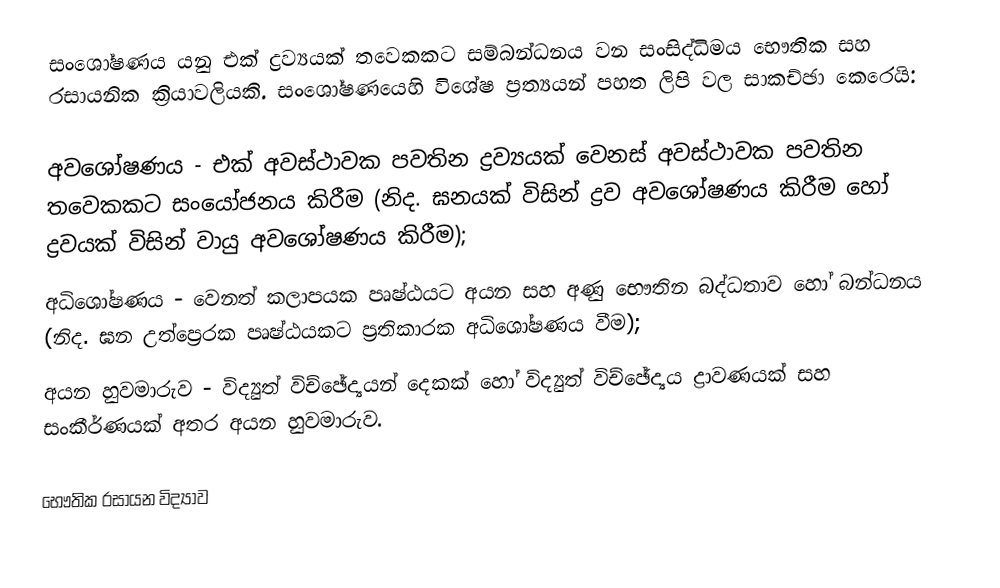
සංශෝෂණය යනු එක් ද්‍රව්‍යයක් තවෙකකට සම්බන්ධනය වන සංසිද්ධිමය භෞතික සහ රසායනික ක්‍රියාවලියකි. සංශෝෂණයෙහි විශේෂ ප්‍රත්‍යයන් පහත ලිපි වල සාකච්ඡා කෙරෙයි:

 අවශෝෂණය - එක් අවස්ථාවක පවතින ද්‍රව්‍යයක් වෙනස් අවස්ථාවක පවතින තවෙකකට සංයෝජනය කිරීම (නිද.  ඝනයක් විසින් ද්‍රව අවශෝෂණය කිරීම හෝ  ද්‍රවයක් විසින් වායු අවශෝෂණය කිරීම);
 අධිශෝෂණය -  වෙනත් කලාපයක පෘෂ්ඨයට  අයන සහ අණු භෞතින බද්ධතාව හෝ බන්ධනය (නිද. ඝන උත්ප්‍රෙරක පෘෂ්ඨයකට  ප්‍රතිකාරක අධිශෝෂණය වීම);
 අයන හුවමාරුව -  විද්‍යුත් විච්ඡේද්‍යයන්  දෙකක් හෝ විද්‍යුත් විච්ඡේද්‍යය ද්‍රාවණයක් සහ සංකීර්ණයක් අතර අයන හුවමාරුව.

භෞතික රසායන විද්‍යාව